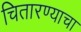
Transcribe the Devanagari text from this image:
चितारण्याचा